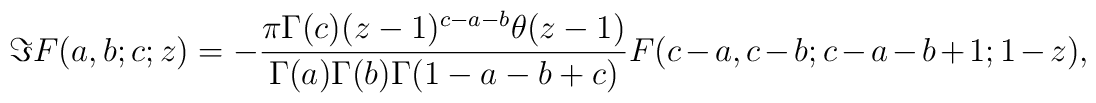
\Im F(a,b;c;z) = -\frac{\pi\Gamma(c)(z-1)^{c-a-b}\theta(z-1)}                {\Gamma(a)\Gamma(b)\Gamma(1-a-b+c)}F(c-a,c-b;c-a-b+1;1-z),